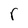
Character: r